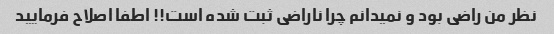
نظر من راضی بود و نمیدانم چرا ناراضی ثبت شده است!! اطفا اصلاح فرمایید